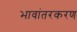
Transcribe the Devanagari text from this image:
भावांतरकरण